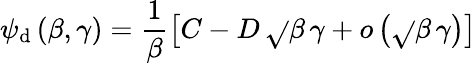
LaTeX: \psi_{\mathrm{d}}\, (\beta,\gamma)=\frac{{1}}{{\beta}}\left[C-D\, \sqrt{}{{\beta\, \gamma}}+o\left(\sqrt{}{{\beta\, \gamma}}\right)\right]